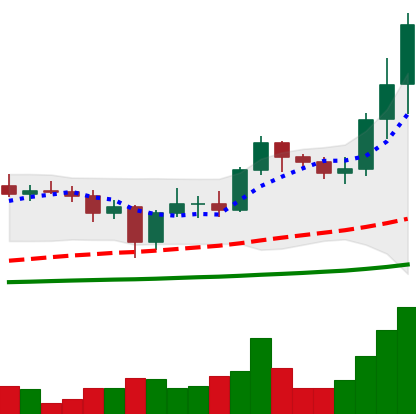
Ticker: ADA-USD
Chart end date: 2021-01-05
Forward return: 18.033%
Label: up_7plus